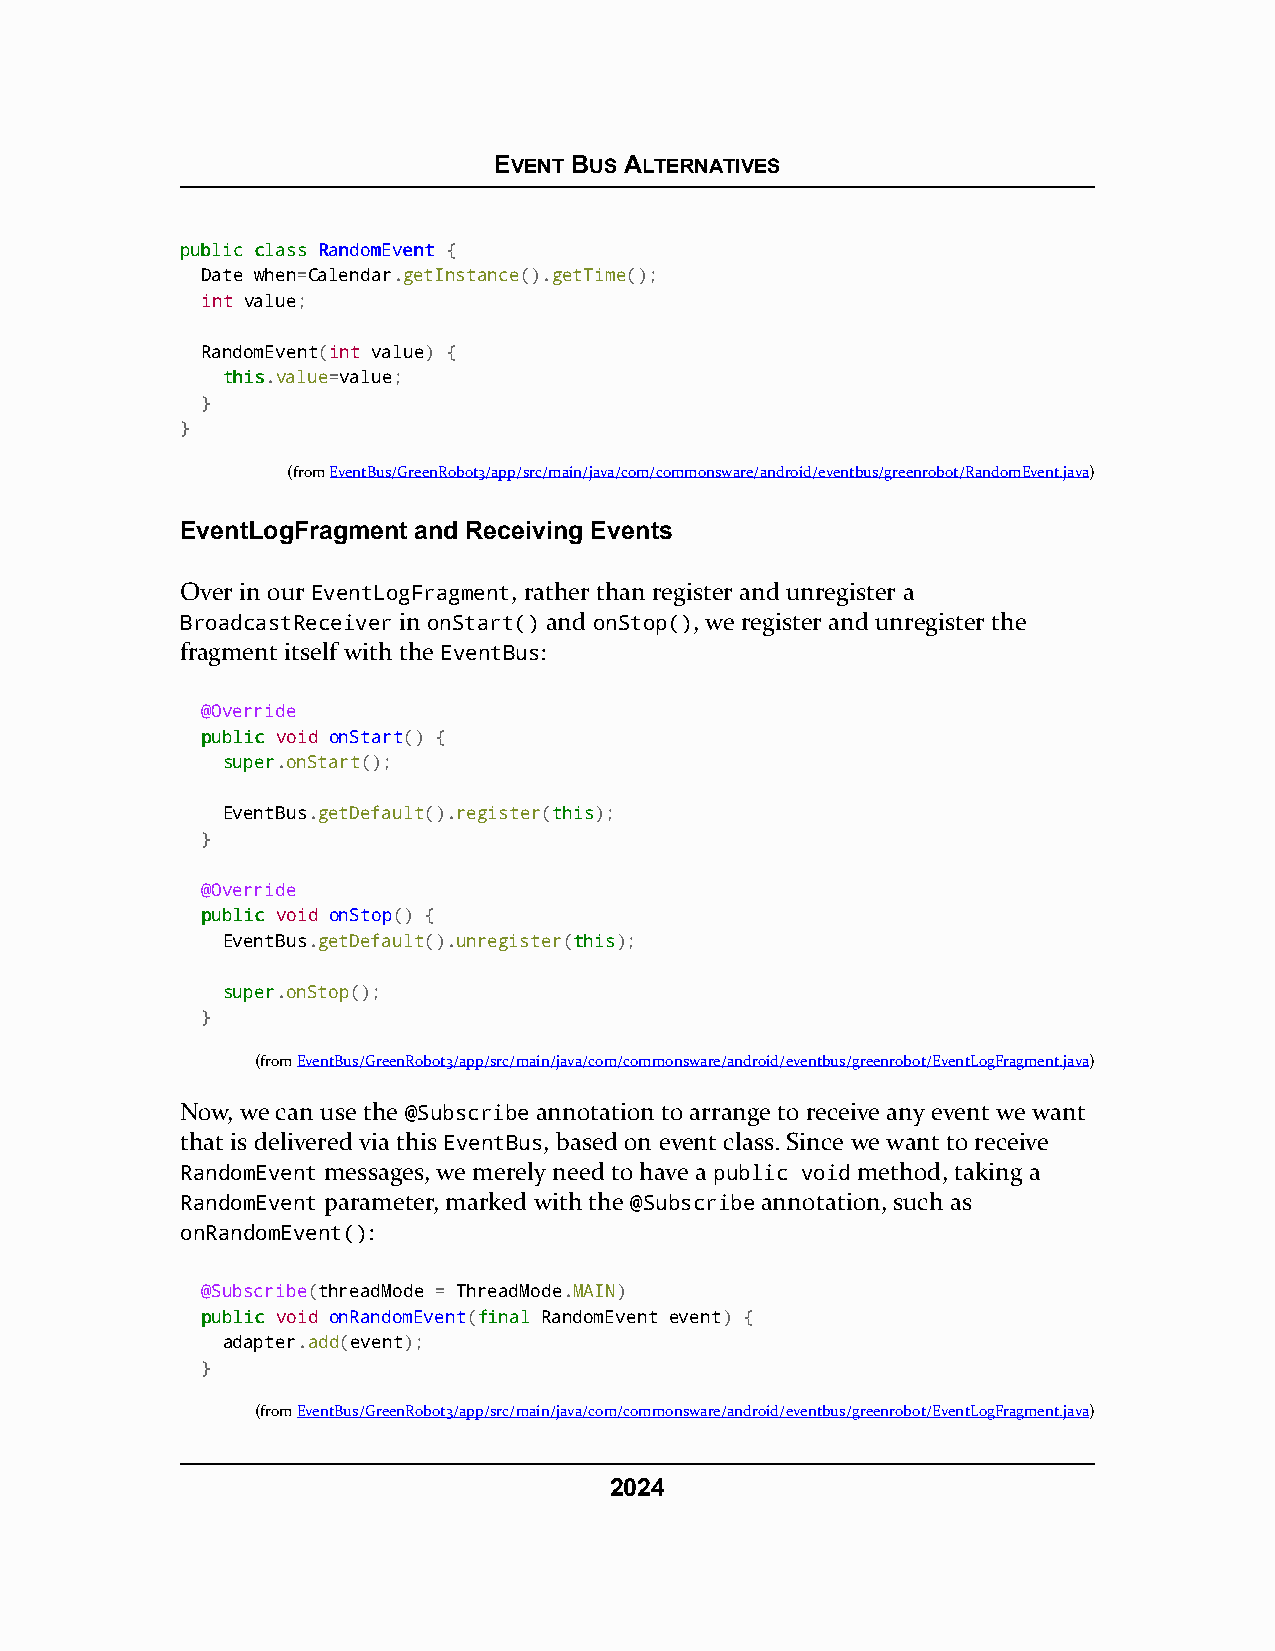
EVENT BUS ALTERNATIVES
 ppuubblliicc ccllaassss RRaannddoommEEvveenntt {
 Date when=Calendar.getInstance().getTime();
 int value;
 RandomEvent(int value) {
 tthhiiss.value=value;
 }
 }
 (fromEventBus/GreenRobot3/app/src/main/java/com/commonsware/android/eventbus/greenrobot/RandomEvent.java)
 EventLogFragment and Receiving Events
 Over in our EventLogFragment, rather than register and unregister a
 BroadcastReceiver in onStart() and onStop(), we register and unregister the
 fragment itself with the EventBus:
 @Override
 ppuubblliicc void onStart() {
 ssuuppeerr.onStart();
 EventBus.getDefault().register(tthhiiss);
 }
 @Override
 ppuubblliicc void onStop() {
 EventBus.getDefault().unregister(tthhiiss);
 ssuuppeerr.onStop();
 }
 (fromEventBus/GreenRobot3/app/src/main/java/com/commonsware/android/eventbus/greenrobot/EventLogFragment.java)
 Now, we can use the @Subscribe annotation to arrange to receive any event we want
 that is delivered via this EventBus, based on event class. Since we want to receive
 RandomEvent messages, we merely need to have a public void method, taking a
 RandomEvent parameter, marked with the @Subscribe annotation, such as
 onRandomEvent():
 @Subscribe(threadMode = ThreadMode.MAIN)
 ppuubblliicc void onRandomEvent(ffiinnaall RandomEvent event) {
 adapter.add(event);
 }
 (fromEventBus/GreenRobot3/app/src/main/java/com/commonsware/android/eventbus/greenrobot/EventLogFragment.java)
 2024